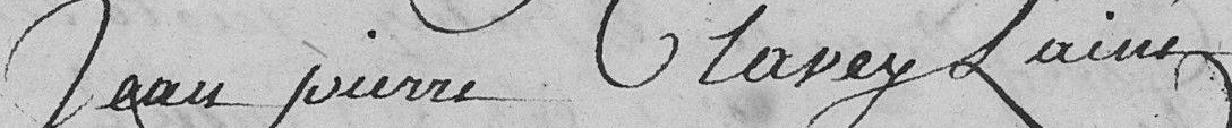
Jean Pierre Claver L'ainé